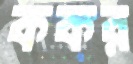
ককর